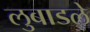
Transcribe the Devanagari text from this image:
लुबाडले